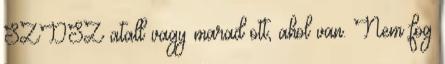
SZDSZ atall vagy marad ott, ahol van. Nem fog